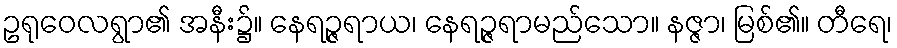
ဥရုဝေလရွာ၏ အနီး၌။ နေရဉ္ဇရာယ၊ နေရဉ္ဇရာမည်သော။ နဇ္ဇာ၊ မြစ်၏။ တီရေ၊